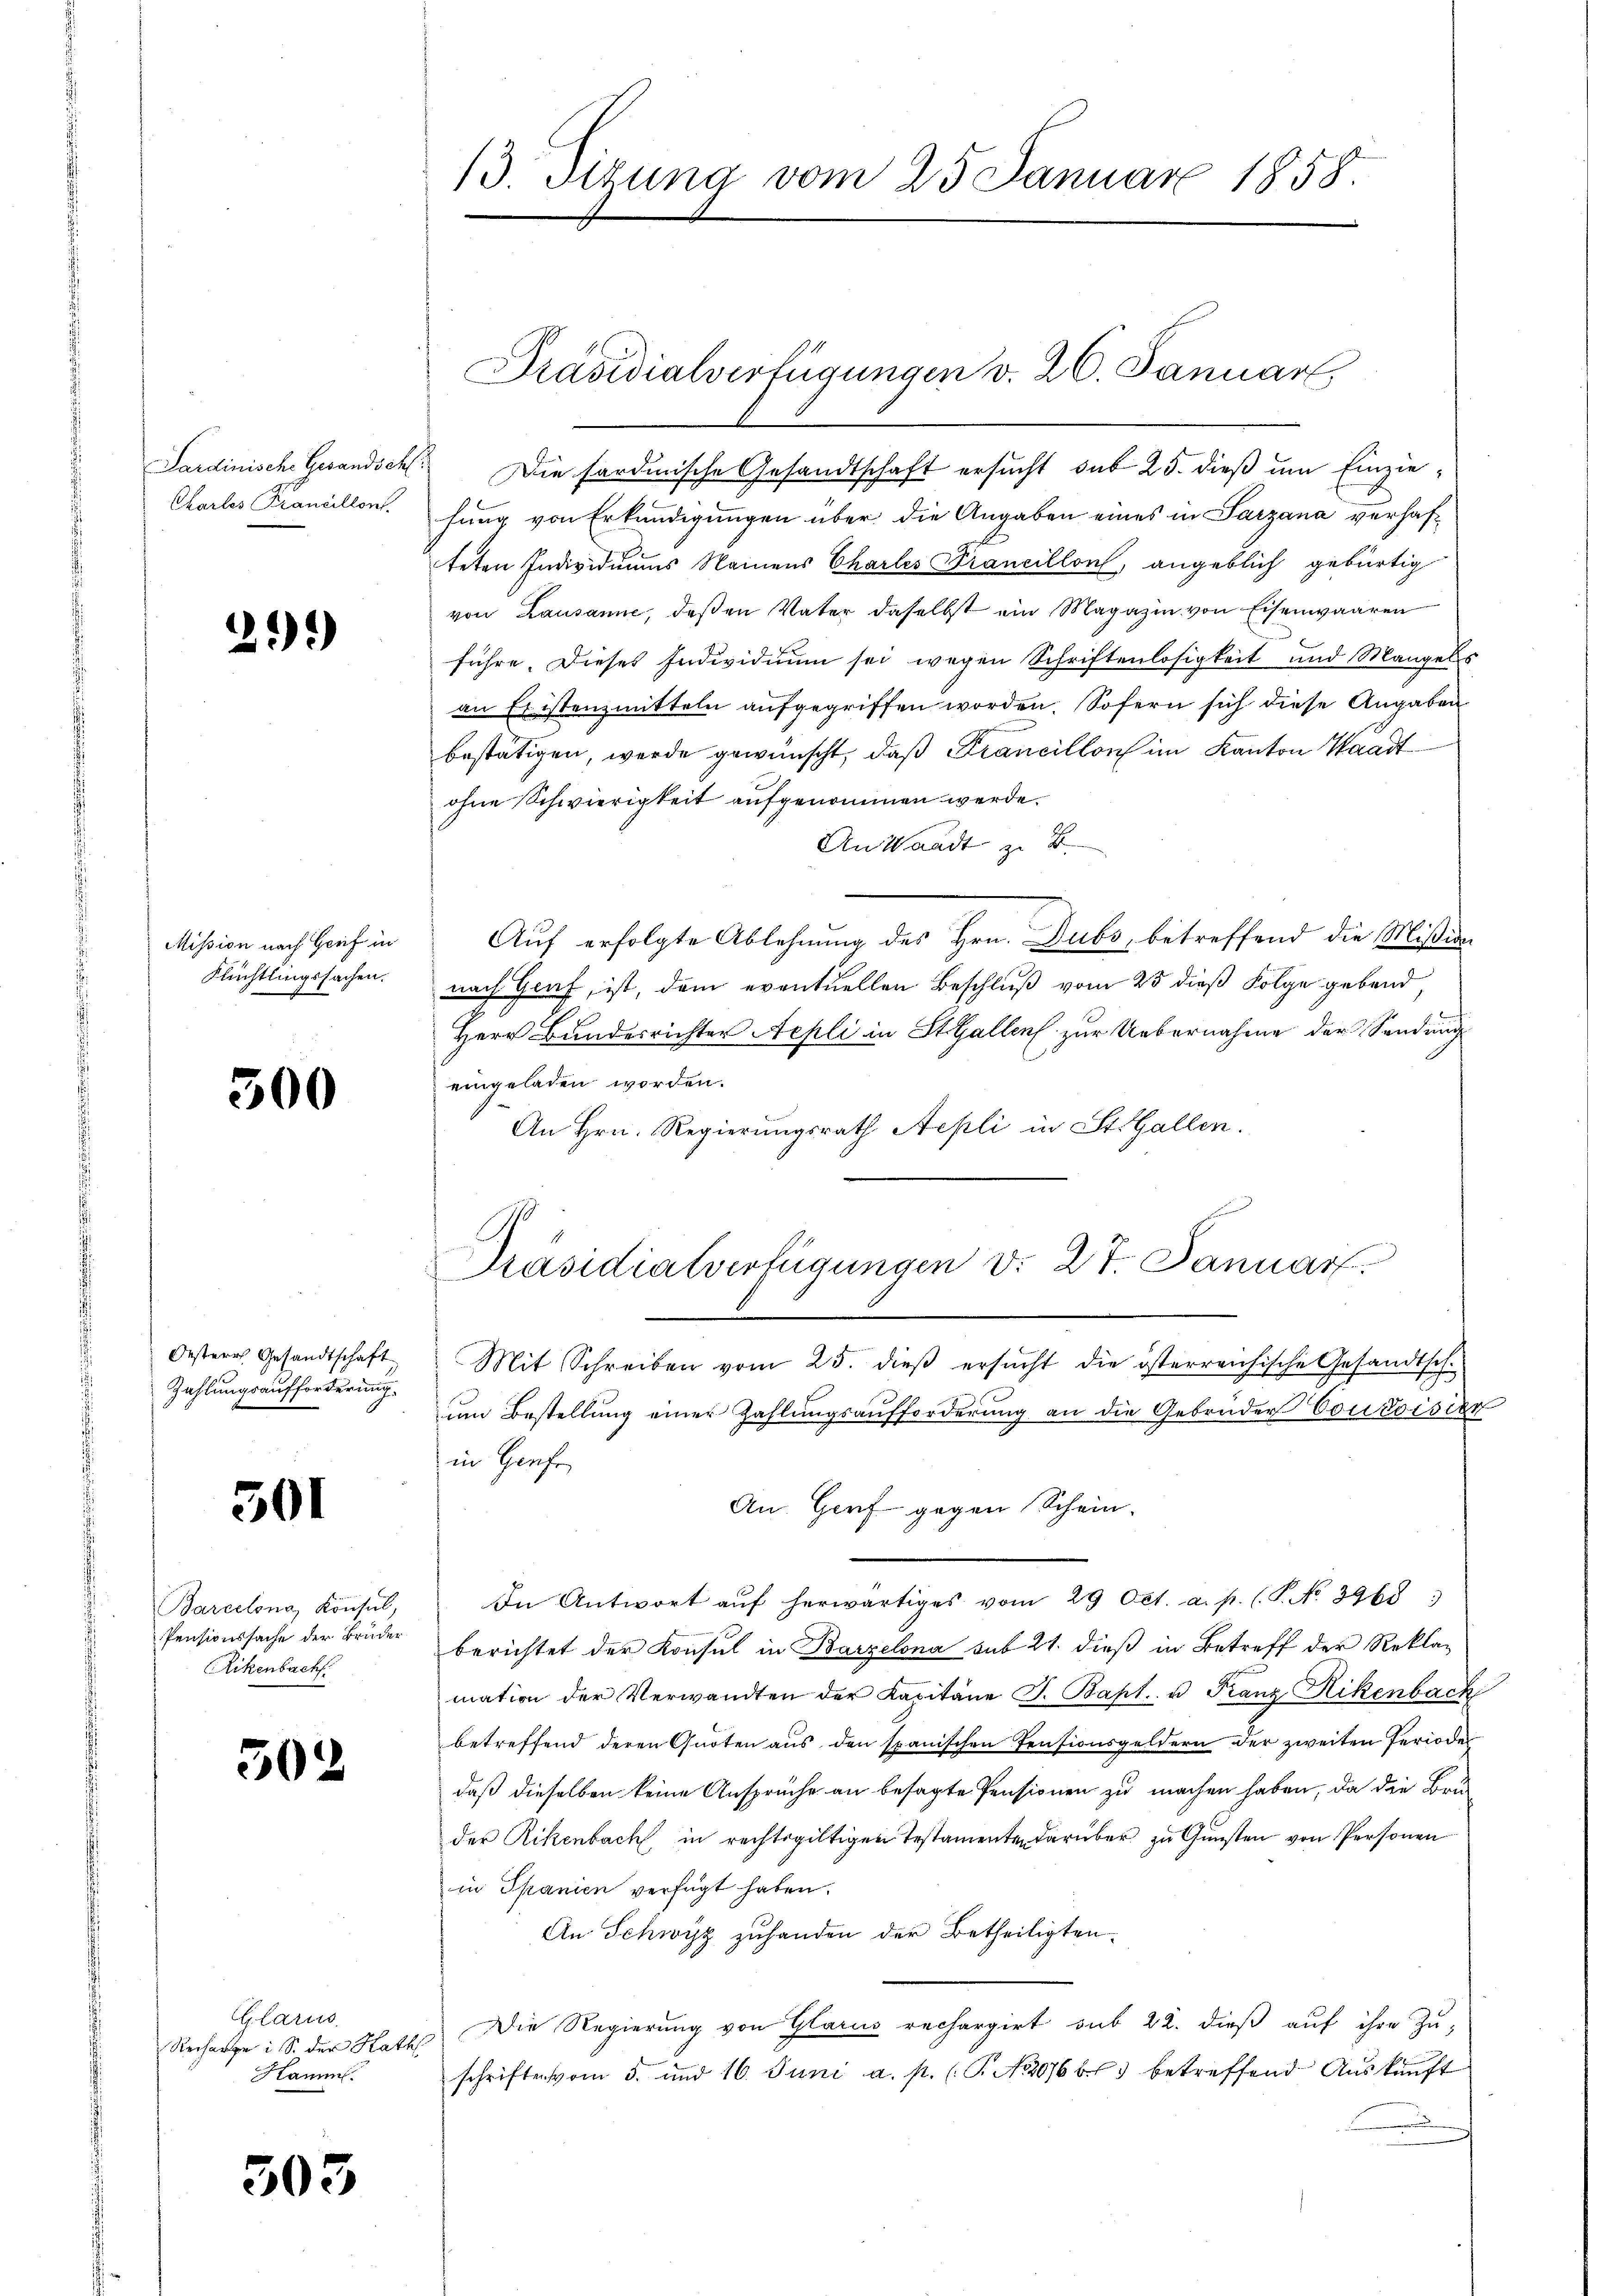
Sardinische Gesandsch
Chartes Francillon

21.)

Mission nach Greif in
Flüchtlingssachen.

500

Oestere Gesandtschaft
Zahlungsaufforderung.

301

Barcelona Konsul
Pensionssache der Bruder
Rikenbach

502

Glarus
Kamm

303

f

13. Tizuna vom 25. Januar 1858.

Präsidialverfügungen v. 26. Januar

Die sardinische Gesandtschaft ersucht sub 25. dieß um Einziefung von Erkundigungen über die Angaben eines in Sarzana verhafteten Individuums Namens Chartes Francillon, angeblich gebürtig
von Lausanne, deßen Vater daselbst ein Magazin von Eisenwaaren
führe. Dieses Individuum sei wegen Schriftenlosigkeit und Mangels
an Eristenzmitteln aufgegriffen worden. Sofern sich diese Angaben
bestätigen, werde gewünscht, daß Francillons im Kanton Waadt
ohne Schwierigkeit aufgenommen werde.
An Waadt zu B.
Auf erfolgte Ablehnung des Hrn. Dubs, betreffend die Mißion
nach Genf, ist, dem eventuellen Beschluß vom 25 dieß Folge gebend,
Herr Bundesrichter Aepli in St. Gallen zur Uebernahme der Sendung
eingeladen worden.
An Hrn. Regierungsrath Aepli in St. Gallen.

Präsidialverfügungen v. 27. Januar

Mit Schreiben vom 25. dieβ ersŭcht die österreichische Gesandtsch.
zum Bestellung einer Zahlungsaufforderung an die Gebrüder Contoisier
in Genf
An Gorf- gegen Schein.
In Antwort aŭf herwärtiges vom 29 Oct. a. p. (T. No. 3968
berichtet der Konsul in Barzelona sub 21. dieß in Betreff der Reklamation der Verwandten der Kapitäne J. Bapt. u Franz Rikenbach
betreffend deren Quoten aus den spanischen Pensionsgeldern der zweiten Perioder
daß dieselben keine Ansprüche an besagte Pensionen zu machen haben, da die Bru-
der Rikenbach in rechtsgültigen Testamenten darüber zu Gunsten von Personen
in Spanien verfügt haben.
An Schwyz zuhanden der Betheiligten.
Rechartei S. der Rath Die Regierŭng von Glarus rechargirt sub 22. dieβ aŭf ihre Zuschriften vom 5. und 16. Juni a. p. (T. N. 2066 betreffend Auskunft